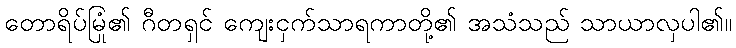
တောရိပ်မြုံ၏ ဂီတရှင် ကျေးငှက်သာရကာတို့၏ အသံသည် သာယာလှပါ၏။